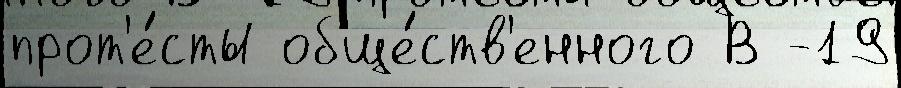
прот'е́сты обще́ств'енного В -19